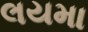
લયમા